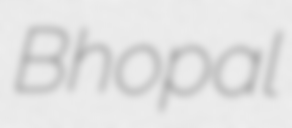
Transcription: Bhopal